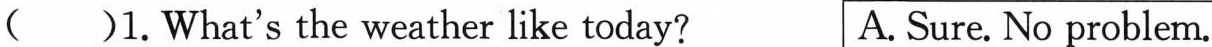
( )1.What's the weather like today? A.Sure. No problem.